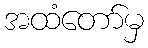
အထံတော်မှ